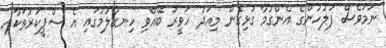
ނަމަވެސް ފުލުހުންގެ އެންގުމާ ގުޅިގެން މިއަދު ހަވީރު ބޭއްވި ހިނގާލުމުގައި އެ ސްޕީކަރުތަކާއި